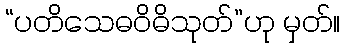
“ပတိသေဓဝိဓိသုတ်”ဟု မှတ်။